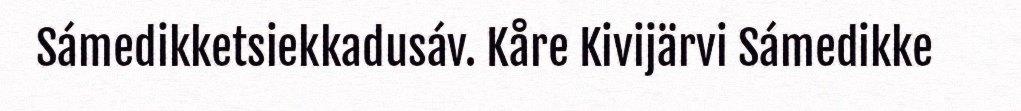
Sámedikketsiekkadusáv. Kåre Kivijärvi Sámedikke